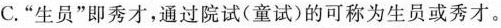
C. ”生员”即秀才，通过院试(童试)的可称为生员或秀才。